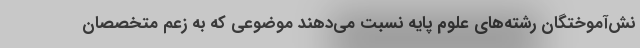
نش‌آموختگان رشته‌های علوم پایه نسبت می‌دهند موضوعی که به زعم متخصصان